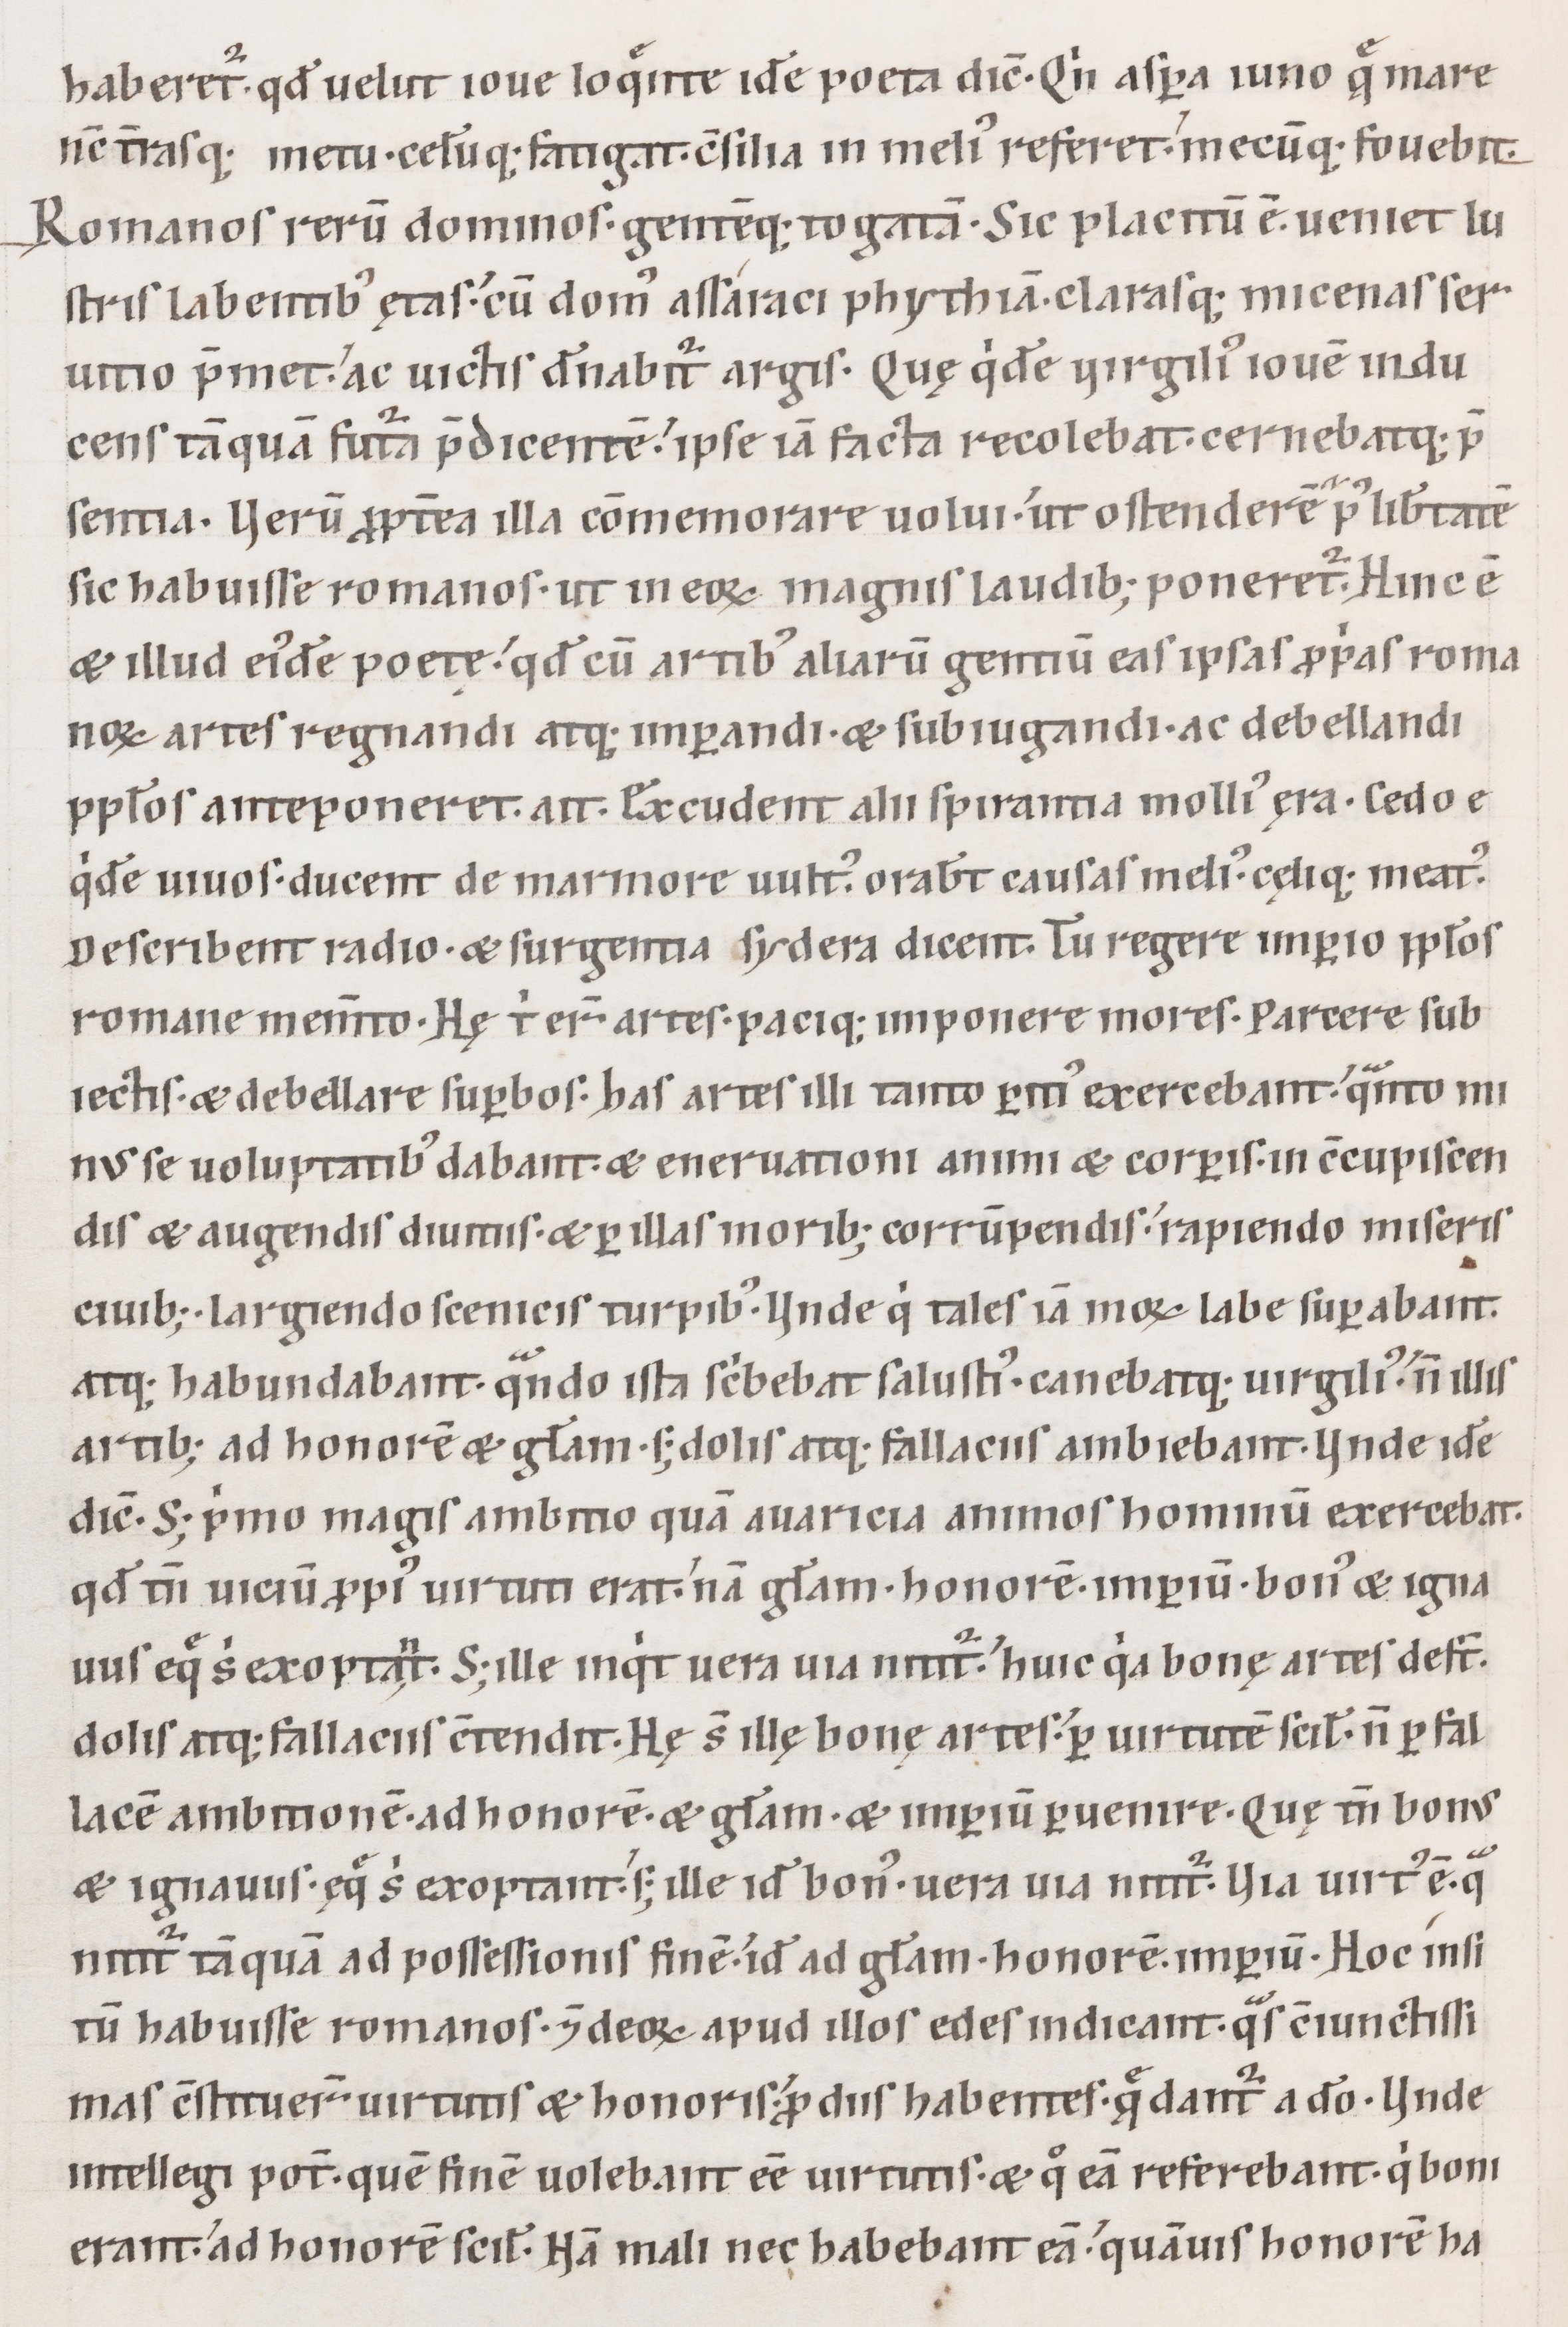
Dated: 1100–1199